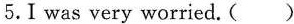
5.I was very worried. ( )